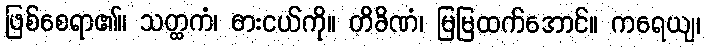
ဖြစ်စေရာ၏။ သတ္ထကံ၊ ဓားငယ်ကို။ တိခိဏံ၊ မြမြထက်အောင်။ ကရေယျ၊